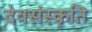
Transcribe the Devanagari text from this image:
देवसंस्कृति